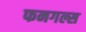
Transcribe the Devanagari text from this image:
फनगल्स